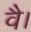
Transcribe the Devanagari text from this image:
वै।